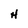
Character: H